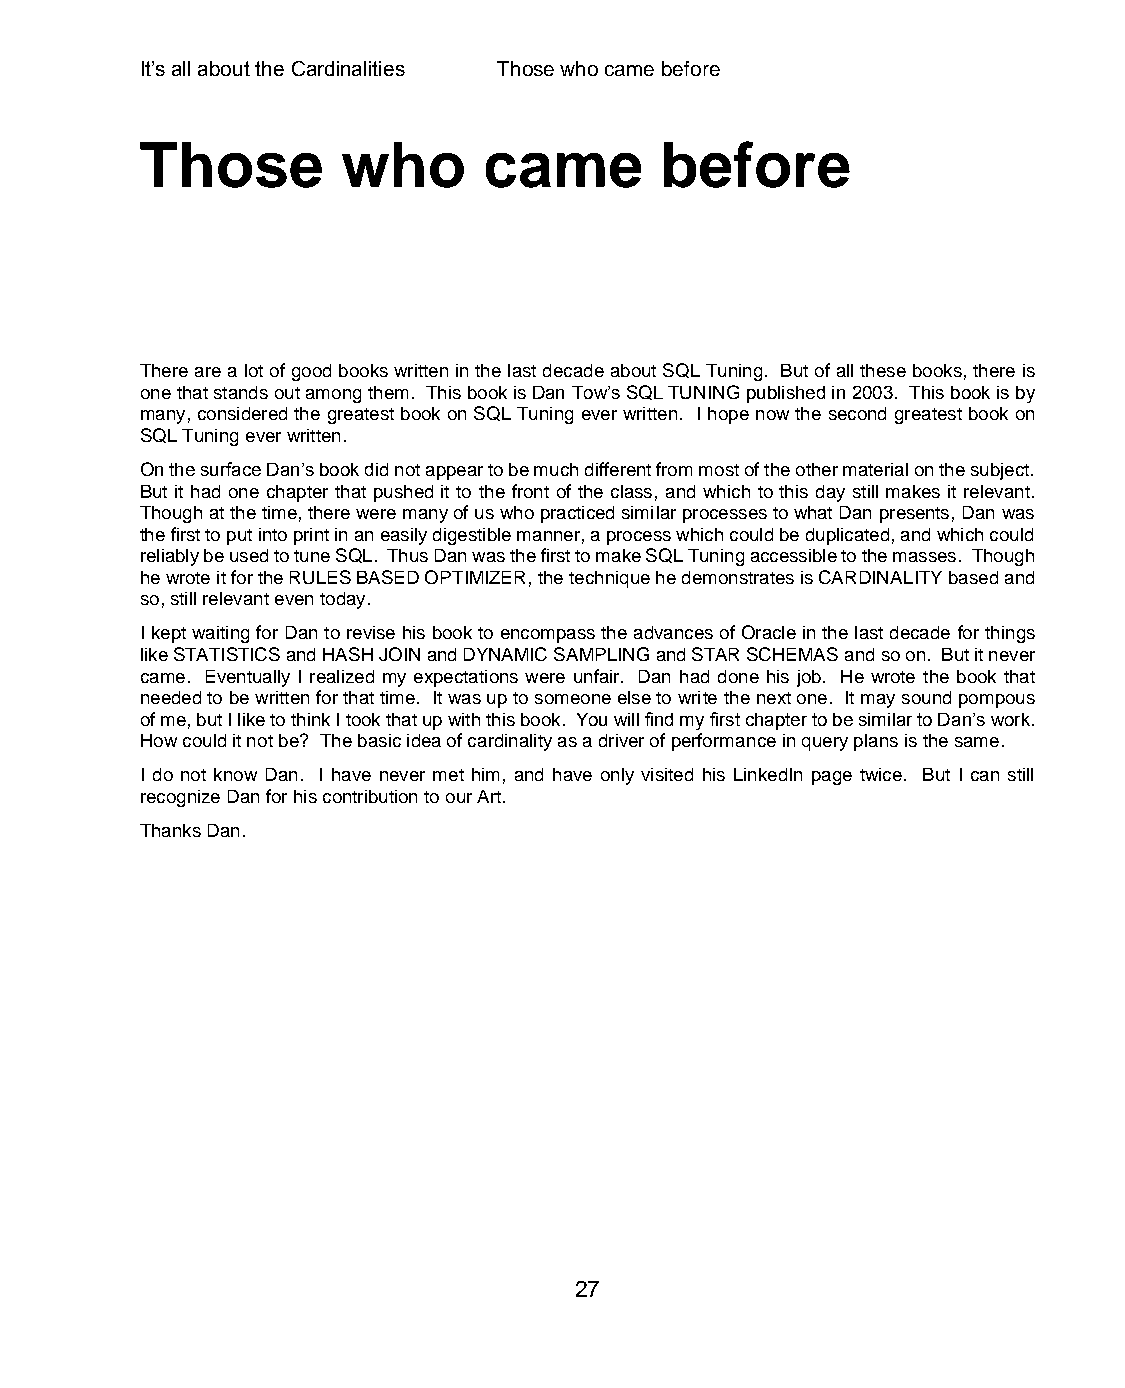
It’s all about the Cardinalities Those who came before
 Those         who      came        before
 There are a lot of good books written in the last decade about SQL Tuning. But of all these books, there is
 one that stands out among them. This book is Dan Tow’s SQL TUNING published in 2003. This book is by
 many, considered the greatest book on SQL Tuning ever written. I hope now the second greatest book on
 SQL Tuning ever written.
 On the surface Dan’s book did not appear to be much different from most of the other material on the subject.
 But it had one chapter that pushed it to the front of the class, and which to this day still makes it relevant.
 Though at the time, there were many of us who practiced similar processes to what Dan presents, Dan was
 the first to put into print in an easily digestible manner, a process which could be duplicated, and which could
 reliably be used to tune SQL. Thus Dan was the first to make SQL Tuning accessible to the masses. Though
 he wrote it for the RULES BASED OPTIMIZER, the technique he demonstrates is CARDINALITY based and
 so, still relevant even today.
 I kept waiting for Dan to revise his book to encompass the advances of Oracle in the last decade for things
 like STATISTICS and HASH JOIN and DYNAMIC SAMPLING and STAR SCHEMAS and so on. But it never
 came. Eventually I realized my expectations were unfair. Dan had done his job. He wrote the book that
 needed to be written for that time. It was up to someone else to write the next one. It may sound pompous
 of me, but I like to think I took that up with this book. You will find my first chapter to be similar to Dan’s work.
 How could it not be? The basic idea of cardinality as a driver of performance in query plans is the same.
 I do not know Dan. I have never met him, and have only visited his LinkedIn page twice. But I can still
 recognize Dan for his contribution to our Art.
 Thanks Dan.
 27